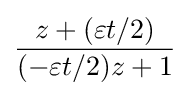
{\frac {z+(\varepsilon t/2)}{(-\varepsilon t/2)z+1}}